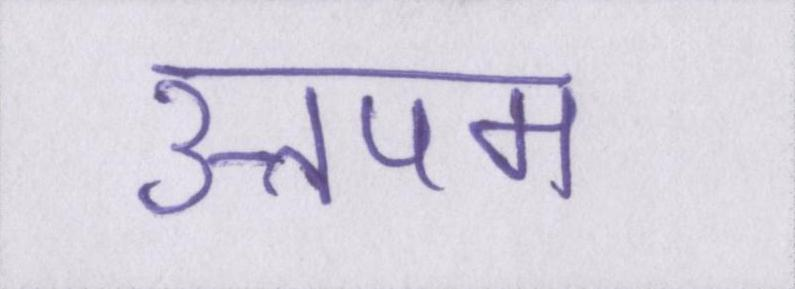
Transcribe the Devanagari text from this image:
उत्तपम